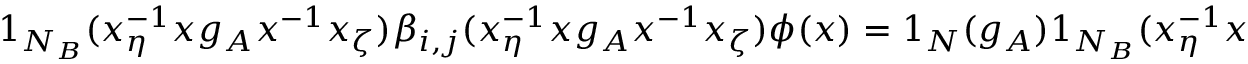
1 _ { N _ { B } } ( x _ { \eta } ^ { - 1 } x g _ { A } x ^ { - 1 } x _ { \zeta } ) \beta _ { i , j } ( x _ { \eta } ^ { - 1 } x g _ { A } x ^ { - 1 } x _ { \zeta } ) \phi ( x ) = 1 _ { N } ( g _ { A } ) 1 _ { N _ { B } } ( x _ { \eta } ^ { - 1 } x _ { \zeta } ) \beta _ { i j } ( x _ { \eta } ^ { - 1 } x _ { \zeta } ) \phi ( x ) .